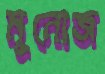
মুনোজ